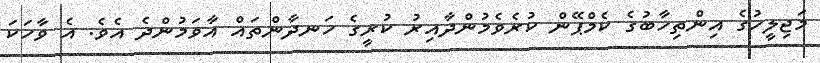
މަޖިލީހުގެ އިންތިހާބުގެ ކެމްޕޭން ކުރެވެމުންދާއިރު ކުރީގެ ހަނދާންތައް އާވަމުންދެ އެވެ. އެ ވާހަކަ